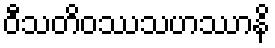
ဝီသတိဝဿသဟဿာနိ